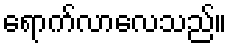
ရောက်လာလေသည်။